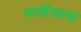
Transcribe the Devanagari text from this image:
मार्सेलास